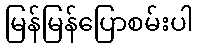
မြန်မြန်ပြောစမ်းပါ